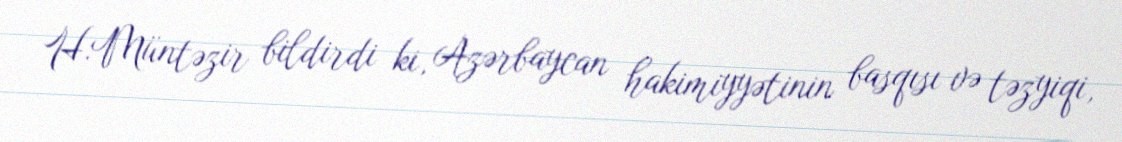
H.Müntəzir bildirdi ki, Azərbaycan hakimiyyətinin basqısı və təzyiqi,